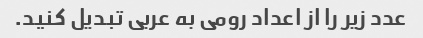
عدد زیر را از اعداد رومی به عربی تبدیل کنید.